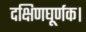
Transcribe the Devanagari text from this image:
दक्षिणघूर्णक।